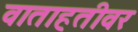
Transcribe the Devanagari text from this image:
वाताहतीवर